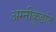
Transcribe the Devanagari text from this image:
अग्नीकुडांत